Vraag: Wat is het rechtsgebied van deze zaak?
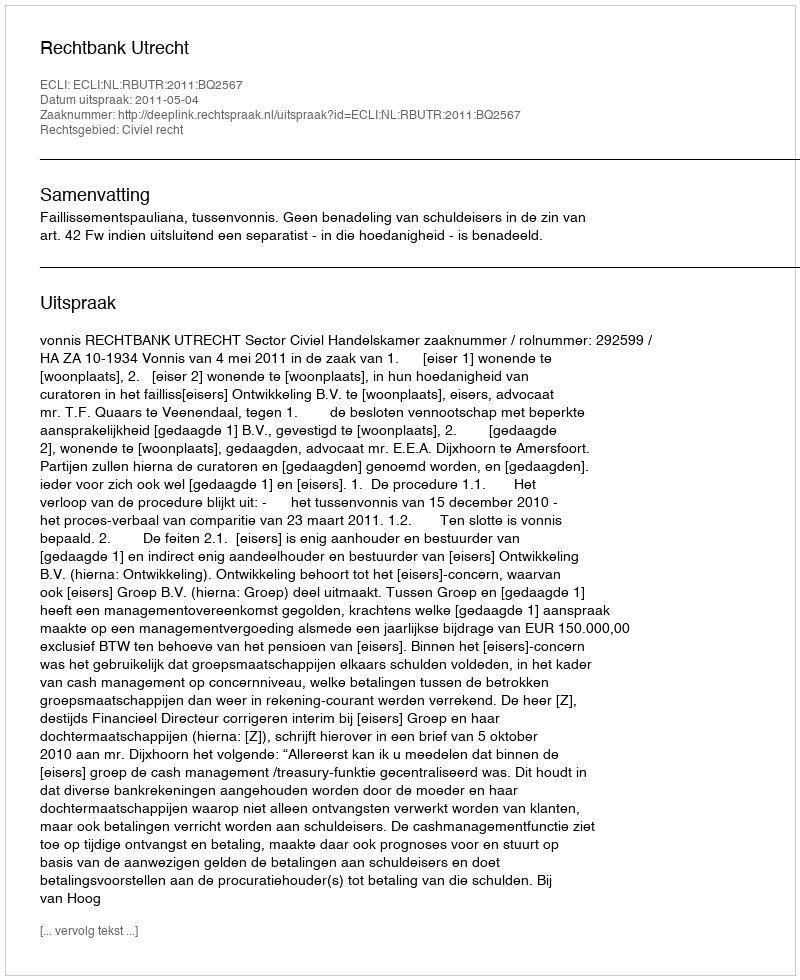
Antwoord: Civiel recht